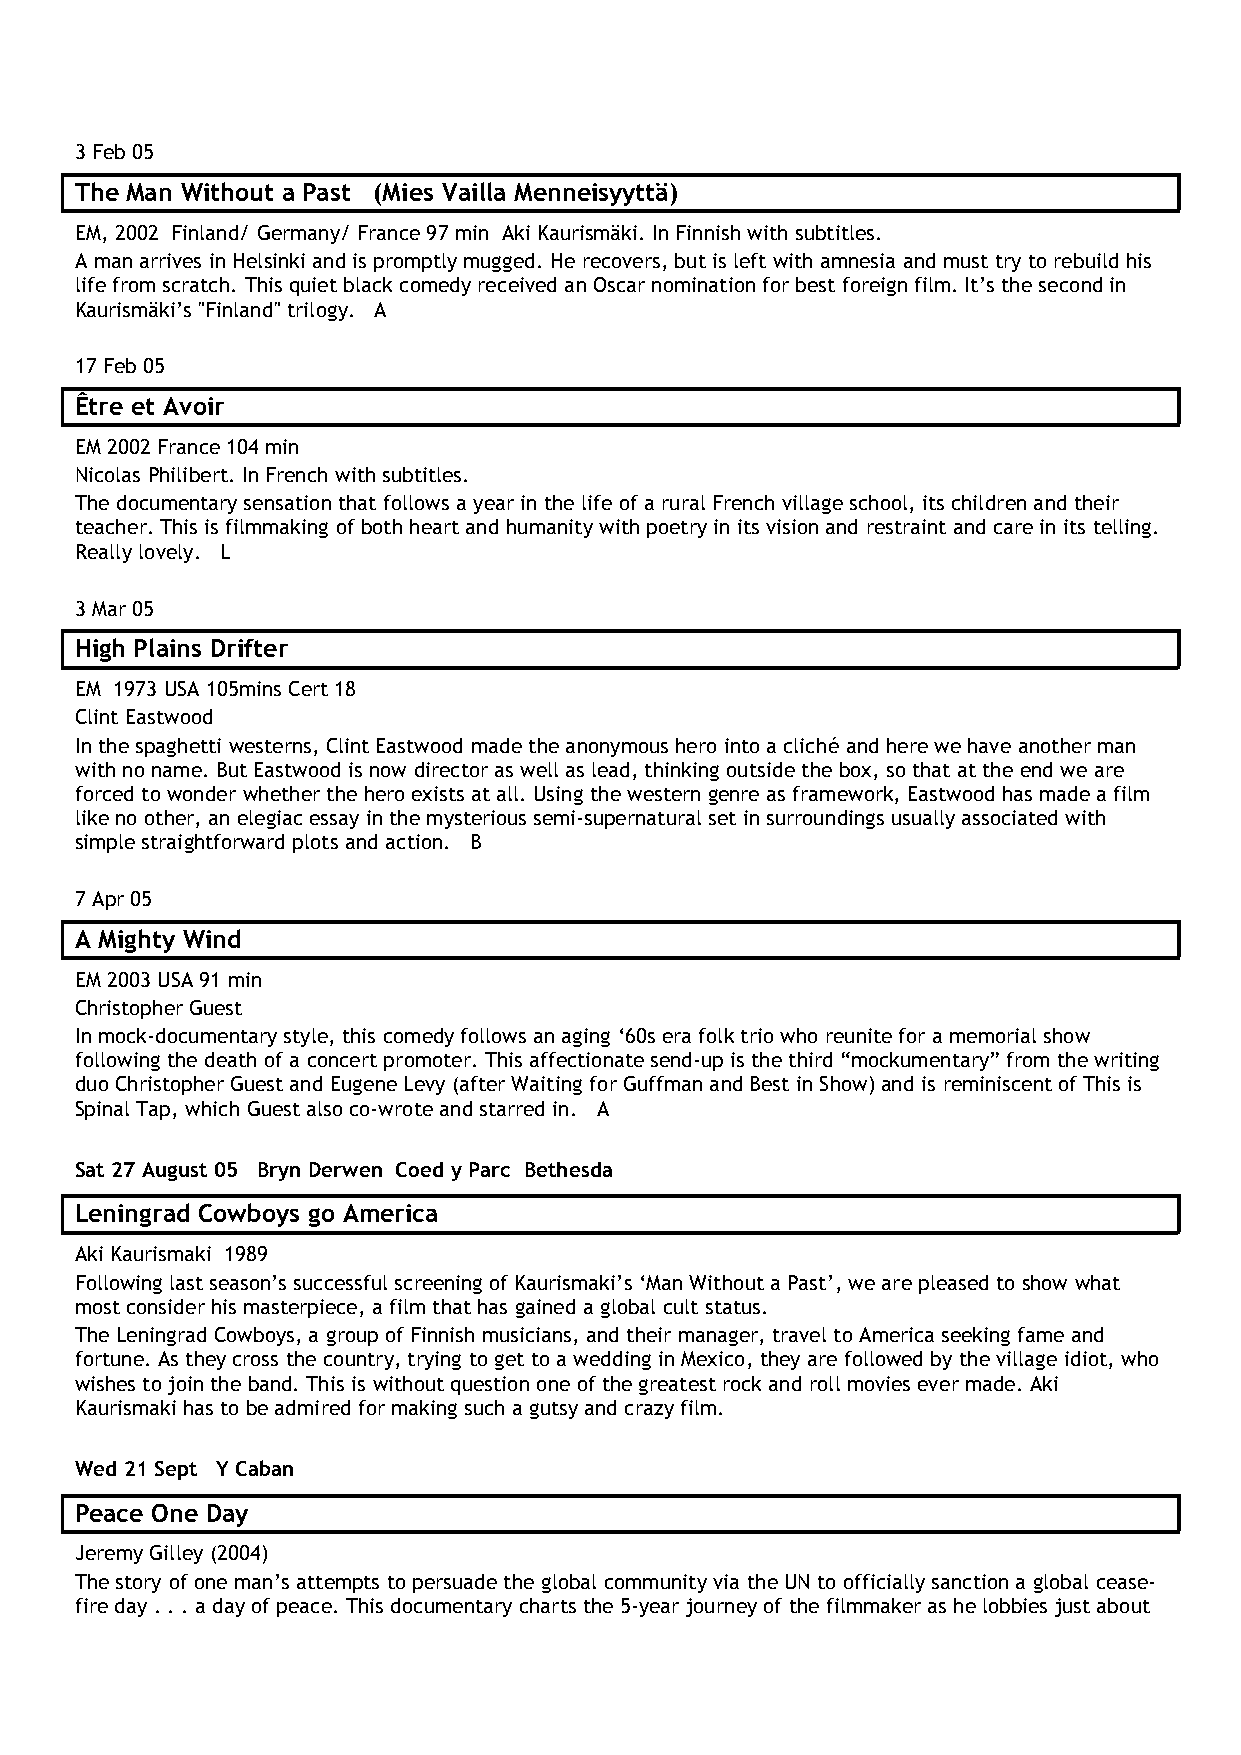
3 Feb 05
 The Man Without a Past (Mies Vailla Menneisyyttä)
 EM, 2002 Finland/ Germany/ France 97 min Aki Kaurismäki. In Finnish with subtitles.
 A man arrives in Helsinki and is promptly mugged. He recovers, but is left with amnesia and must try to rebuild his
 life from scratch. This quiet black comedy received an Oscar nomination for best foreign film. It’s the second in
 Kaurismäki’s "Finland" trilogy. A
 17 Feb 05
 Être et Avoir
 EM 2002 France 104 min
 Nicolas Philibert. In French with subtitles.
 The documentary sensation that follows a year in the life of a rural French village school, its children and their
 teacher. This is filmmaking of both heart and humanity with poetry in its vision and restraint and care in its telling.
 Really lovely. L
 3 Mar 05
 High Plains Drifter
 EM 1973 USA 105mins Cert 18
 Clint Eastwood
 In the spaghetti westerns, Clint Eastwood made the anonymous hero into a cliché and here we have another man
 with no name. But Eastwood is now director as well as lead, thinking outside the box, so that at the end we are
 forced to wonder whether the hero exists at all. Using the western genre as framework, Eastwood has made a film
 like no other, an elegiac essay in the mysterious semi-supernatural set in surroundings usually associated with
 simple straightforward plots and action. B
 7 Apr 05
 A Mighty Wind
 EM 2003 USA 91 min
 Christopher Guest
 In mock-documentary style, this comedy follows an aging ‘60s era folk trio who reunite for a memorial show
 following the death of a concert promoter. This affectionate send-up is the third “mockumentary” from the writing
 duo Christopher Guest and Eugene Levy (after Waiting for Guffman and Best in Show) and is reminiscent of This is
 Spinal Tap, which Guest also co-wrote and starred in. A
 Sat 27 August 05 Bryn Derwen Coed y Parc Bethesda
 Leningrad Cowboys go America
 Aki Kaurismaki 1989
 Following last season’s successful screening of Kaurismaki’s ‘Man Without a Past’, we are pleased to show what
 most consider his masterpiece, a film that has gained a global cult status.
 The Leningrad Cowboys, a group of Finnish musicians, and their manager, travel to America seeking fame and
 fortune. As they cross the country, trying to get to a wedding in Mexico, they are followed by the village idiot, who
 wishes to join the band. This is without question one of the greatest rock and roll movies ever made. Aki
 Kaurismaki has to be admired for making such a gutsy and crazy film.
 Wed 21 Sept Y Caban
 Peace One Day
 Jeremy Gilley (2004)
 The story of one man’s attempts to persuade the global community via the UN to officially sanction a global cease-
 fire day . . . a day of peace. This documentary charts the 5-year journey of the filmmaker as he lobbies just about